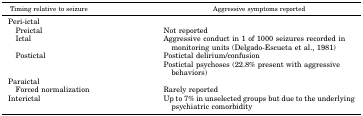
<table><thead><tr><td><b>Timing relative to seizure</b></td><td><b>Aggressive symptoms reported</b></td></tr></thead><tbody><tr><td>Peri-ictal</td><td></td></tr><tr><td> Preictal</td><td>Not reported</td></tr><tr><td> Ictal</td><td>Aggressive conduct in 1 of 1000 seizures recorded in monitoring units (Delgado-Escueta et al., 1981)</td></tr><tr><td> Postictal</td><td>Postictal delirium/confusion</td></tr><tr><td></td><td>Postictal psychoses (22.8% present with aggressive behaviors)</td></tr><tr><td>Paraictal</td><td></td></tr><tr><td> Forced normalization</td><td>Rarely reported</td></tr><tr><td>Interictal</td><td>Up to 7% in unselected groups but due to the underlying psychiatric comorbidity</td></tr></tbody></table>